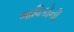
ભાવિકોની